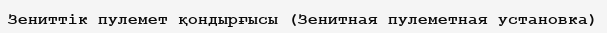
Зениттік пулемет қондырғысы (Зенитная пулеметная установка)